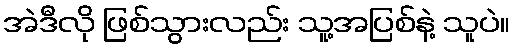
အဲဒီလို ဖြစ်သွားလည်း သူ့အပြစ်နဲ့ သူပဲ။